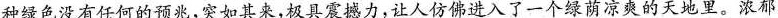
种绿色没有任何的预兆，极具震撼力，让人仿佛进入了一个绿荫凉爽的天地里。浓郁